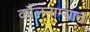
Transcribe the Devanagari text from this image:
कौलनाम्यात